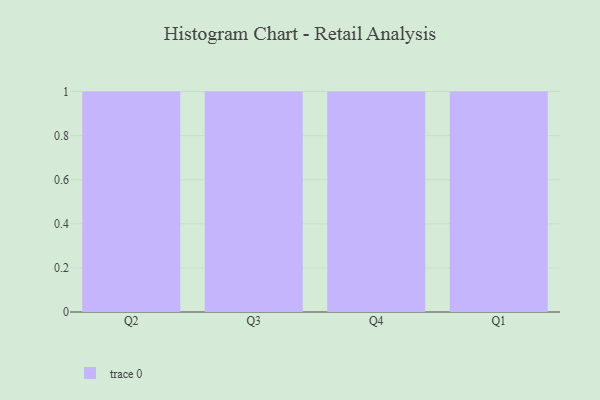
{"axis": {"x": "Quarter", "y": "Website Visitors"}, "legend": [""], "data": [{"x": "Q2", "y": 47, "type": ""}, {"x": "Q3", "y": 48, "type": ""}, {"x": "Q4", "y": 12, "type": ""}, {"x": "Q1", "y": 31, "type": ""}]}